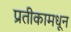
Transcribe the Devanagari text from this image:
प्रतीकामधून